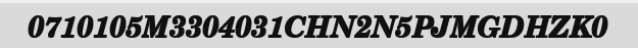
0710105M3304031CHN2N5PJMGDHZK0